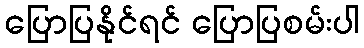
ပြောပြနိုင်ရင် ပြောပြစမ်းပါ